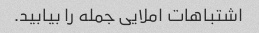
اشتباهات املایی جمله را بیابید.